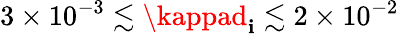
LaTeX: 3\times10^{-3}\lesssim\kappad_{\mathbf{i}}\lesssim2\times10^{-2}